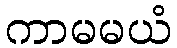
ကာမမယံ